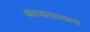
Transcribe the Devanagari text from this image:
ग्रहचाराध्याय